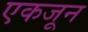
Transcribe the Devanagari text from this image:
एकजून